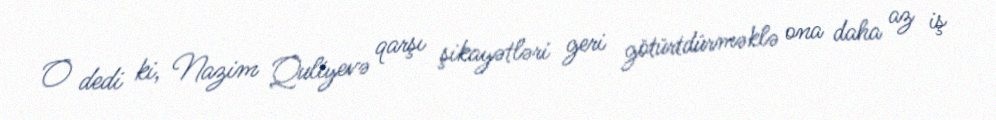
O dedi ki, Nazim Quliyevə qarşı şikayətləri geri götürtdürməklə ona daha az iş